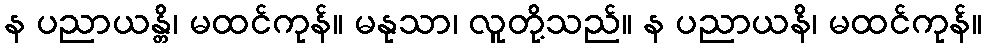
န ပညာယန္တိ၊ မထင်ကုန်။ မနုသာ၊ လူတို့သည်။ န ပညာယနိ၊ မထင်ကုန်။